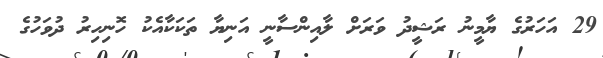
29 އަހަރުގެ ޔާމީނު ރަޝީދު ވަރަށް ލާއިންސާނީ އަނިޔާ ތަކަކާއެކު ހޮނިހިރު ދުވަހުގެ